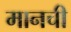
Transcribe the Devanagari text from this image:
मानची